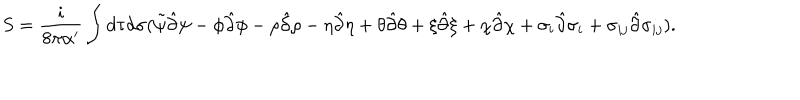
S = \frac { i } { 8 \pi \alpha ^ { \prime } } \int d \tau d \sigma ( \tilde { \psi } \hat { \partial } \psi - \phi \hat { \partial } \phi - \rho \hat { \partial } \rho - \eta \hat { \partial } \eta + \theta \hat { \partial } \theta + \xi \hat { \partial } \xi + \chi \hat { \partial } \chi + \sigma _ { i } \hat { \partial } \sigma _ { i } + \sigma _ { i j } \hat { \partial } \sigma _ { i j } ) .